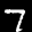
Label: 7